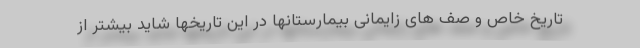
تاریخ خاص و صف های زایمانی بیمارستانها در این تاریخها شاید بیشتر از